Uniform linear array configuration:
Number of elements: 12
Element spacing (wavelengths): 0.5
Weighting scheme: binomial
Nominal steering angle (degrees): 0
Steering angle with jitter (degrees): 0.8821
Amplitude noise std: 0.05
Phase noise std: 0.05

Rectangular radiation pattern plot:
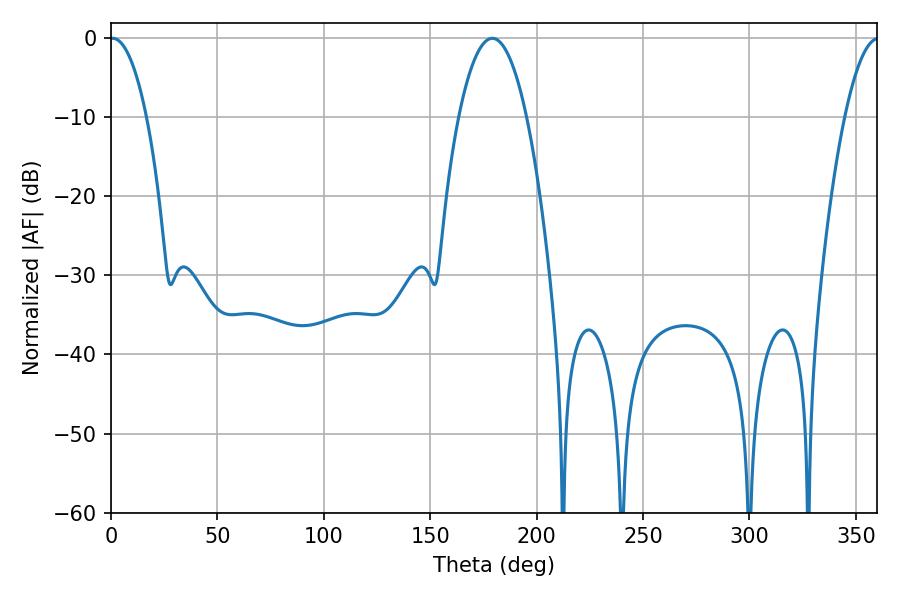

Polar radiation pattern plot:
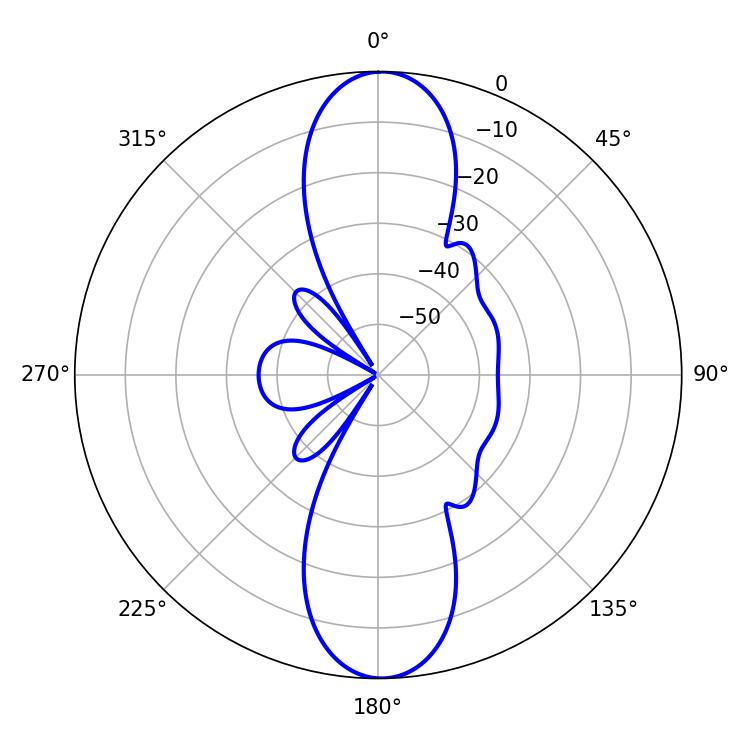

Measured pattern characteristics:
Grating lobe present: FALSE
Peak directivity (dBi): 23.528
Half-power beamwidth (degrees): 9.54
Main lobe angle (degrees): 0.9